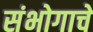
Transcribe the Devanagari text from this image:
संभोगाचे